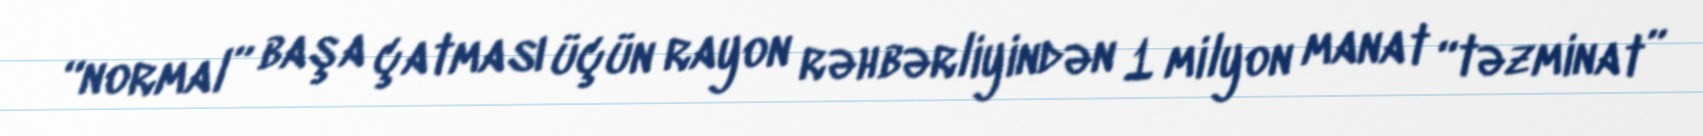
“normal” başa çatması üçün rayon rəhbərliyindən 1 milyon manat “təzminat”